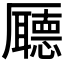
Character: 𠫇